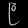
Digit: ၉